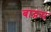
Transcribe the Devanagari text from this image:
बाय्नम